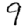
Digit: 9